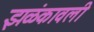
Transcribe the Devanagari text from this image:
झळंकावली